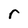
Character: r